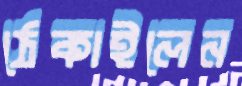
ঠেকাইলেন